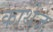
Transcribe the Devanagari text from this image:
काथेज